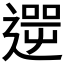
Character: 𨕬